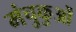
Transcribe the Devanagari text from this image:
मंचुकुओं